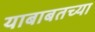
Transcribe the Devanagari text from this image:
याबाबतच्या